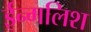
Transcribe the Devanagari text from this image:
ईन्गलिश